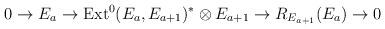
LaTeX: \begin{align*}0\rightarrow E_a \rightarrow {\rm Ext}^0(E_a,E_{a+1})^*\otimes E_{a+1}\rightarrow R_{E_{a+1}}(E_a)\rightarrow 0\end{align*}